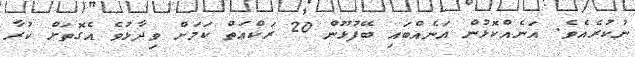
ނުކުރެއެވެ. އަނެއްކޮޅުން އަނެއްބައި ބޭފުޅޫން 20 ރަކްޢަތް ކަމަށް ވިދާޅުވެ އެގޮތަށް ކުރާ